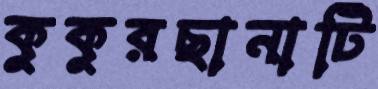
কুকুরছানাটি